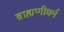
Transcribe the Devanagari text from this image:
ब्राह्मणीधर्म